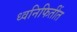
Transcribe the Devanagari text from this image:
ध्वनिफितींत